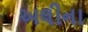
અલીના